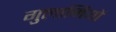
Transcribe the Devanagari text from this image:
गुलामियों